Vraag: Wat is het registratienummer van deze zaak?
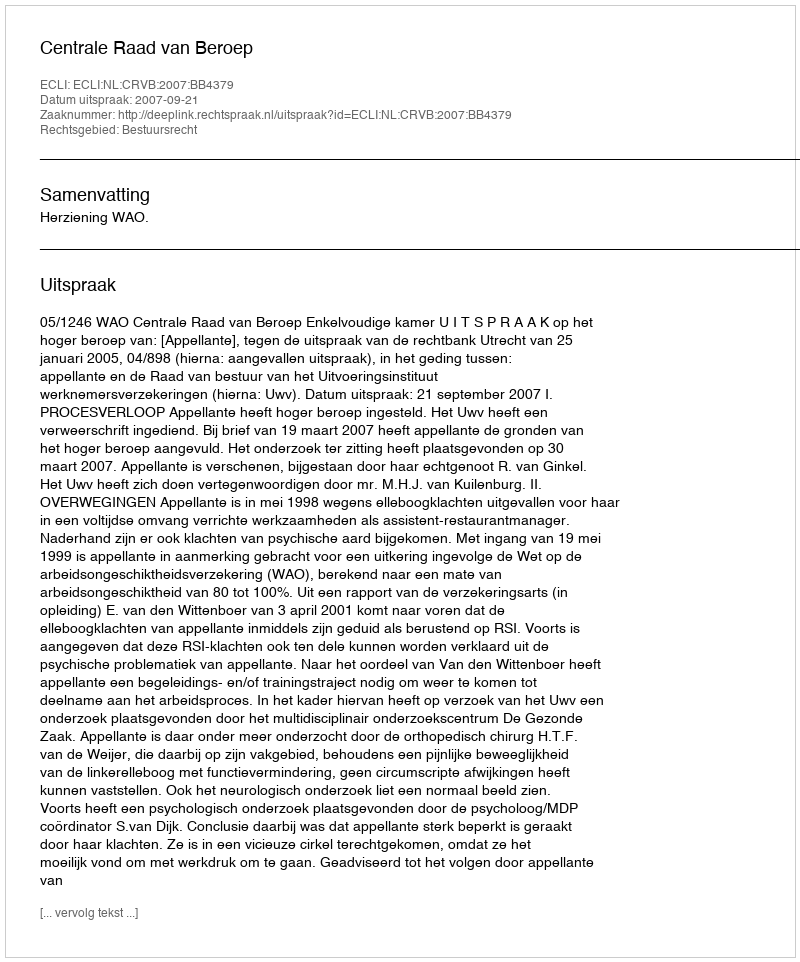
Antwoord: http://deeplink.rechtspraak.nl/uitspraak?id=ECLI:NL:CRVB:2007:BB4379